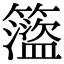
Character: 𥶎